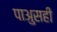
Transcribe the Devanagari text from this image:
पाअुसही